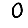
Digit: 0